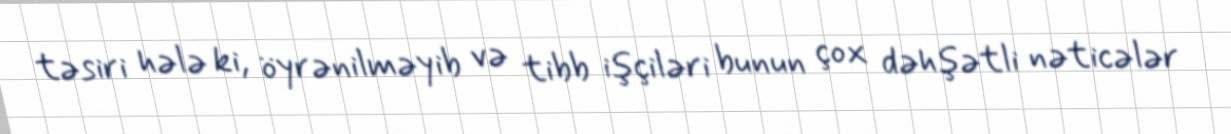
təsiri hələ ki, öyrənilməyib və tibb işçiləri bunun çox dəhşətli nəticələr